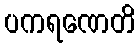
ပကရဏေတိ